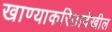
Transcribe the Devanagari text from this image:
खाण्याकरितादेखील